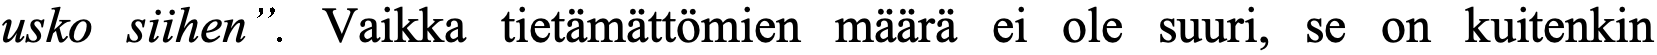
usko siihen”. Vaikka tietämättömien määrä ei ole suuri, se on kuitenkin